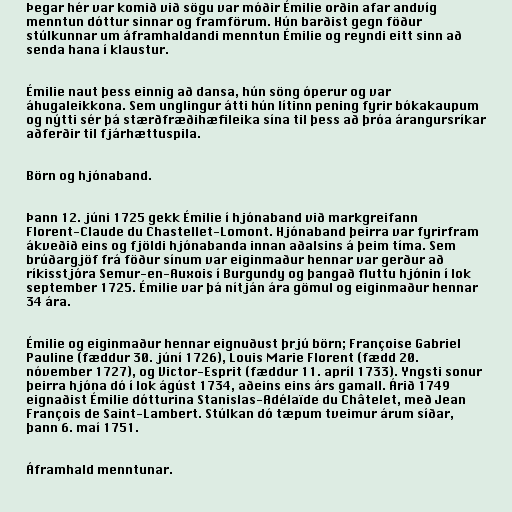
Þegar hér var komið við sögu var móðir Émilie orðin afar andvíg
menntun dóttur sinnar og framförum. Hún barðist gegn föður
stúlkunnar um áframhaldandi menntun Émilie og reyndi eitt sinn að
senda hana í klaustur.

Émilie naut þess einnig að dansa, hún söng óperur og var
áhugaleikkona. Sem unglingur átti hún lítinn pening fyrir bókakaupum
og nýtti sér þá stærðfræðihæfileika sína til þess að þróa árangursríkar
aðferðir til fjárhættuspila.

Börn og hjónaband.

Þann 12. júni 1725 gekk Émilie í hjónaband við markgreifann
Florent-Claude du Chastellet-Lomont. Hjónaband þeirra var fyrirfram
ákveðið eins og fjöldi hjónabanda innan aðalsins á þeim tíma. Sem
brúðargjöf frá föður sínum var eiginmaður hennar var gerður að
ríkisstjóra Semur-en-Auxois í Burgundy og þangað fluttu hjónin í lok
september 1725. Émilie var þá nítján ára gömul og eiginmaður hennar
34 ára.

Émilie og eiginmaður hennar eignuðust þrjú börn; Françoise Gabriel
Pauline (fæddur 30. júní 1726), Louis Marie Florent (fædd 20.
nóvember 1727), og Victor-Esprit (fæddur 11. apríl 1733). Yngsti sonur
þeirra hjóna dó í lok ágúst 1734, aðeins eins árs gamall. Árið 1749
eignaðist Émilie dótturina Stanislas-Adélaïde du Châtelet, með Jean
François de Saint-Lambert. Stúlkan dó tæpum tveimur árum síðar,
þann 6. maí 1751.

Áframhald menntunar.